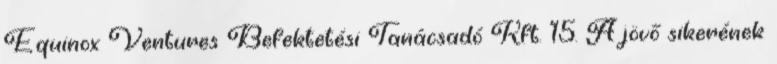
Equinox Ventures Befektetési Tanácsadó Kft. 15. A jövő sikerének